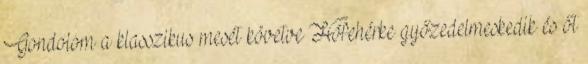
Gondolom a klasszikus mesét követve Hófehérke győzedelmeskedik és őt